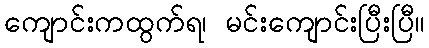
ကျောင်းကထွက်ရ၊ မင်းကျောင်းပြီးပြီ။